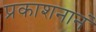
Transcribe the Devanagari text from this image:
प्रकाशनानं